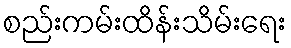
စည်းကမ်းထိန်းသိမ်းရေး